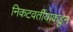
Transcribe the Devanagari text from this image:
निकटवर्तीयाकडुन